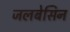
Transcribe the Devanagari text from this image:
जलबेसिन